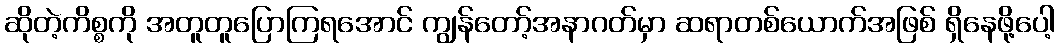
ဆိုတဲ့ကိစ္စကို အတူတူပြောကြရအောင် ကျွန်တော့်အနာဂတ်မှာ ဆရာတစ်ယောက်အဖြစ် ရှိနေဖို့ပေါ့